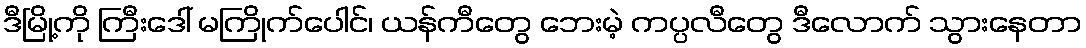
ဒီမြို့ကို ကြီးဒေါ် မကြိုက်ပေါင်၊ ယန်ကီတွေ ဘေးမဲ့ ကပ္ပလီတွေ ဒီလောက် သွားနေတာ